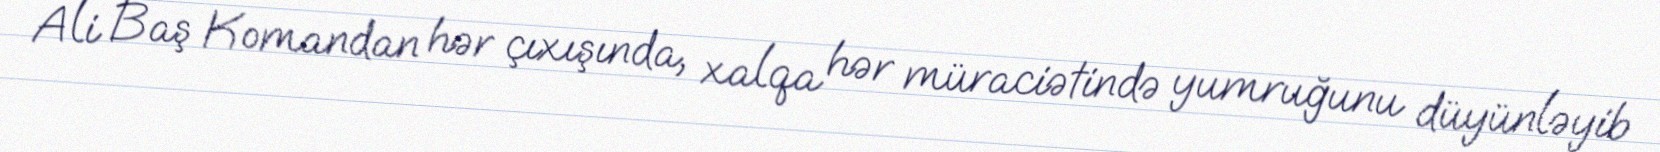
Ali Baş Komandan hər çıxışında, xalqa hər müraciətində yumruğunu düyünləyib